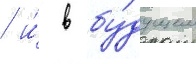
/ и́ в бу́дущем